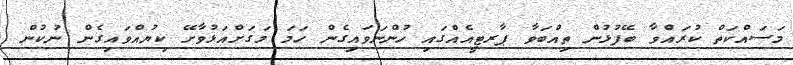
މަސައްކަތް ކުރައްވާ ބޭފުޅުން ތިއްބަވާ ޕާރޓީއެއްގައި ހުންނަވައިގެން ހަމަ މަގަށްއަޅުވާށޭ ކިޔުއްވައިގެން ނުކުން